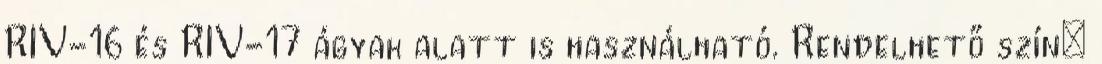
RIV-16 és RIV-17 ágyak alatt is használható. Rendelhető szín: